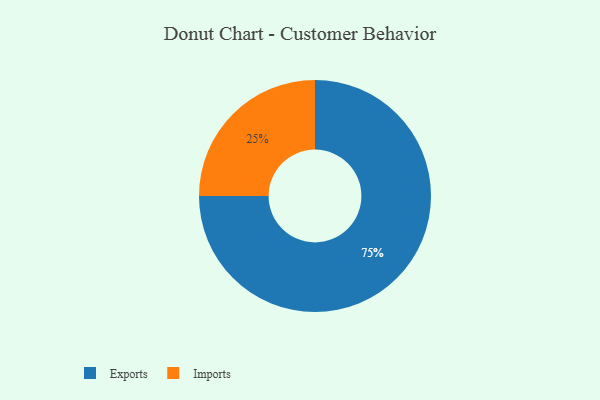
{"axis": {"x": "Category", "y": "Percentage"}, "legend": ["Exports", "Imports"], "data": [{"x": "Imports", "y": 25, "type": "Imports"}, {"x": "Exports", "y": 75, "type": "Exports"}]}